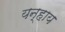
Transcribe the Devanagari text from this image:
यन्हाय